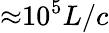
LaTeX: {\approx}10^{5}L/c